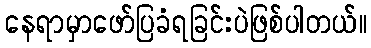
နေရာမှာဖော်ပြခံရခြင်းပဲဖြစ်ပါတယ်။